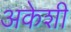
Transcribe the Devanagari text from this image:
अकेशी